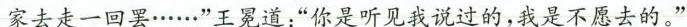
家去走一回罢······”王冕道：”你是听见我说过的，我是不愿去的。